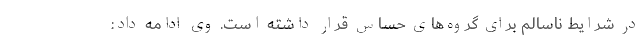
در شرایط ناسالم برای گروه‌های حساس قرار داشته است. وی ادامه داد: